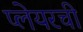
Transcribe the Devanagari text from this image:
प्लेयरची